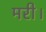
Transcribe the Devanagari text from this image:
मरी।